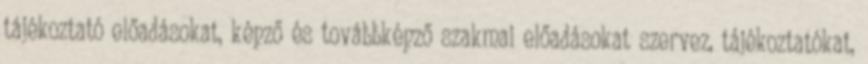
tájékoztató előadásokat, képző és továbbképző szakmai előadásokat szervez, tájékoztatókat,